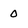
Character: 0